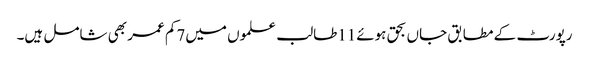
رپورٹ کے مطابق جاں بحق ہوئے11طالب علموں میں7کم عمر بھی شامل ہیں۔